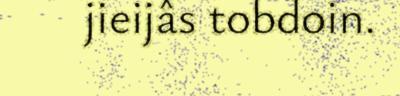
jieijâs tobdoin.